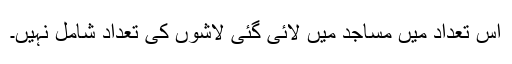
اس تعداد میں مساجد میں لائی گئی لاشوں کی تعداد شامل نہیں۔